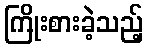
ကြိုးစားခဲ့သည့်